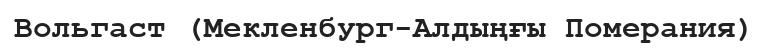
Вольгаст (Мекленбург-Алдыңғы Померания)